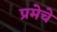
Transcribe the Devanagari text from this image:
प्रमेचे